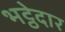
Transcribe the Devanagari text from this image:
भट्ठेदार